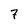
Character: 7